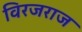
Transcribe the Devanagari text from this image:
विरजराज